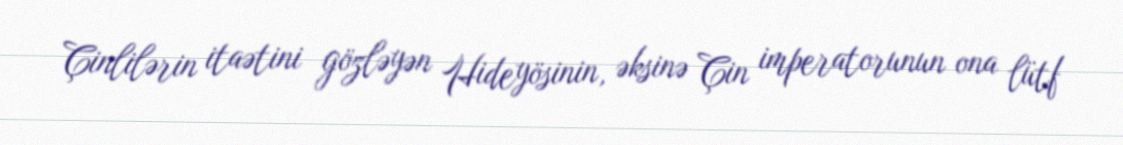
Çinlilərin itaətini gözləyən Hideyösinin, əksinə Çin imperatorunun ona lütf